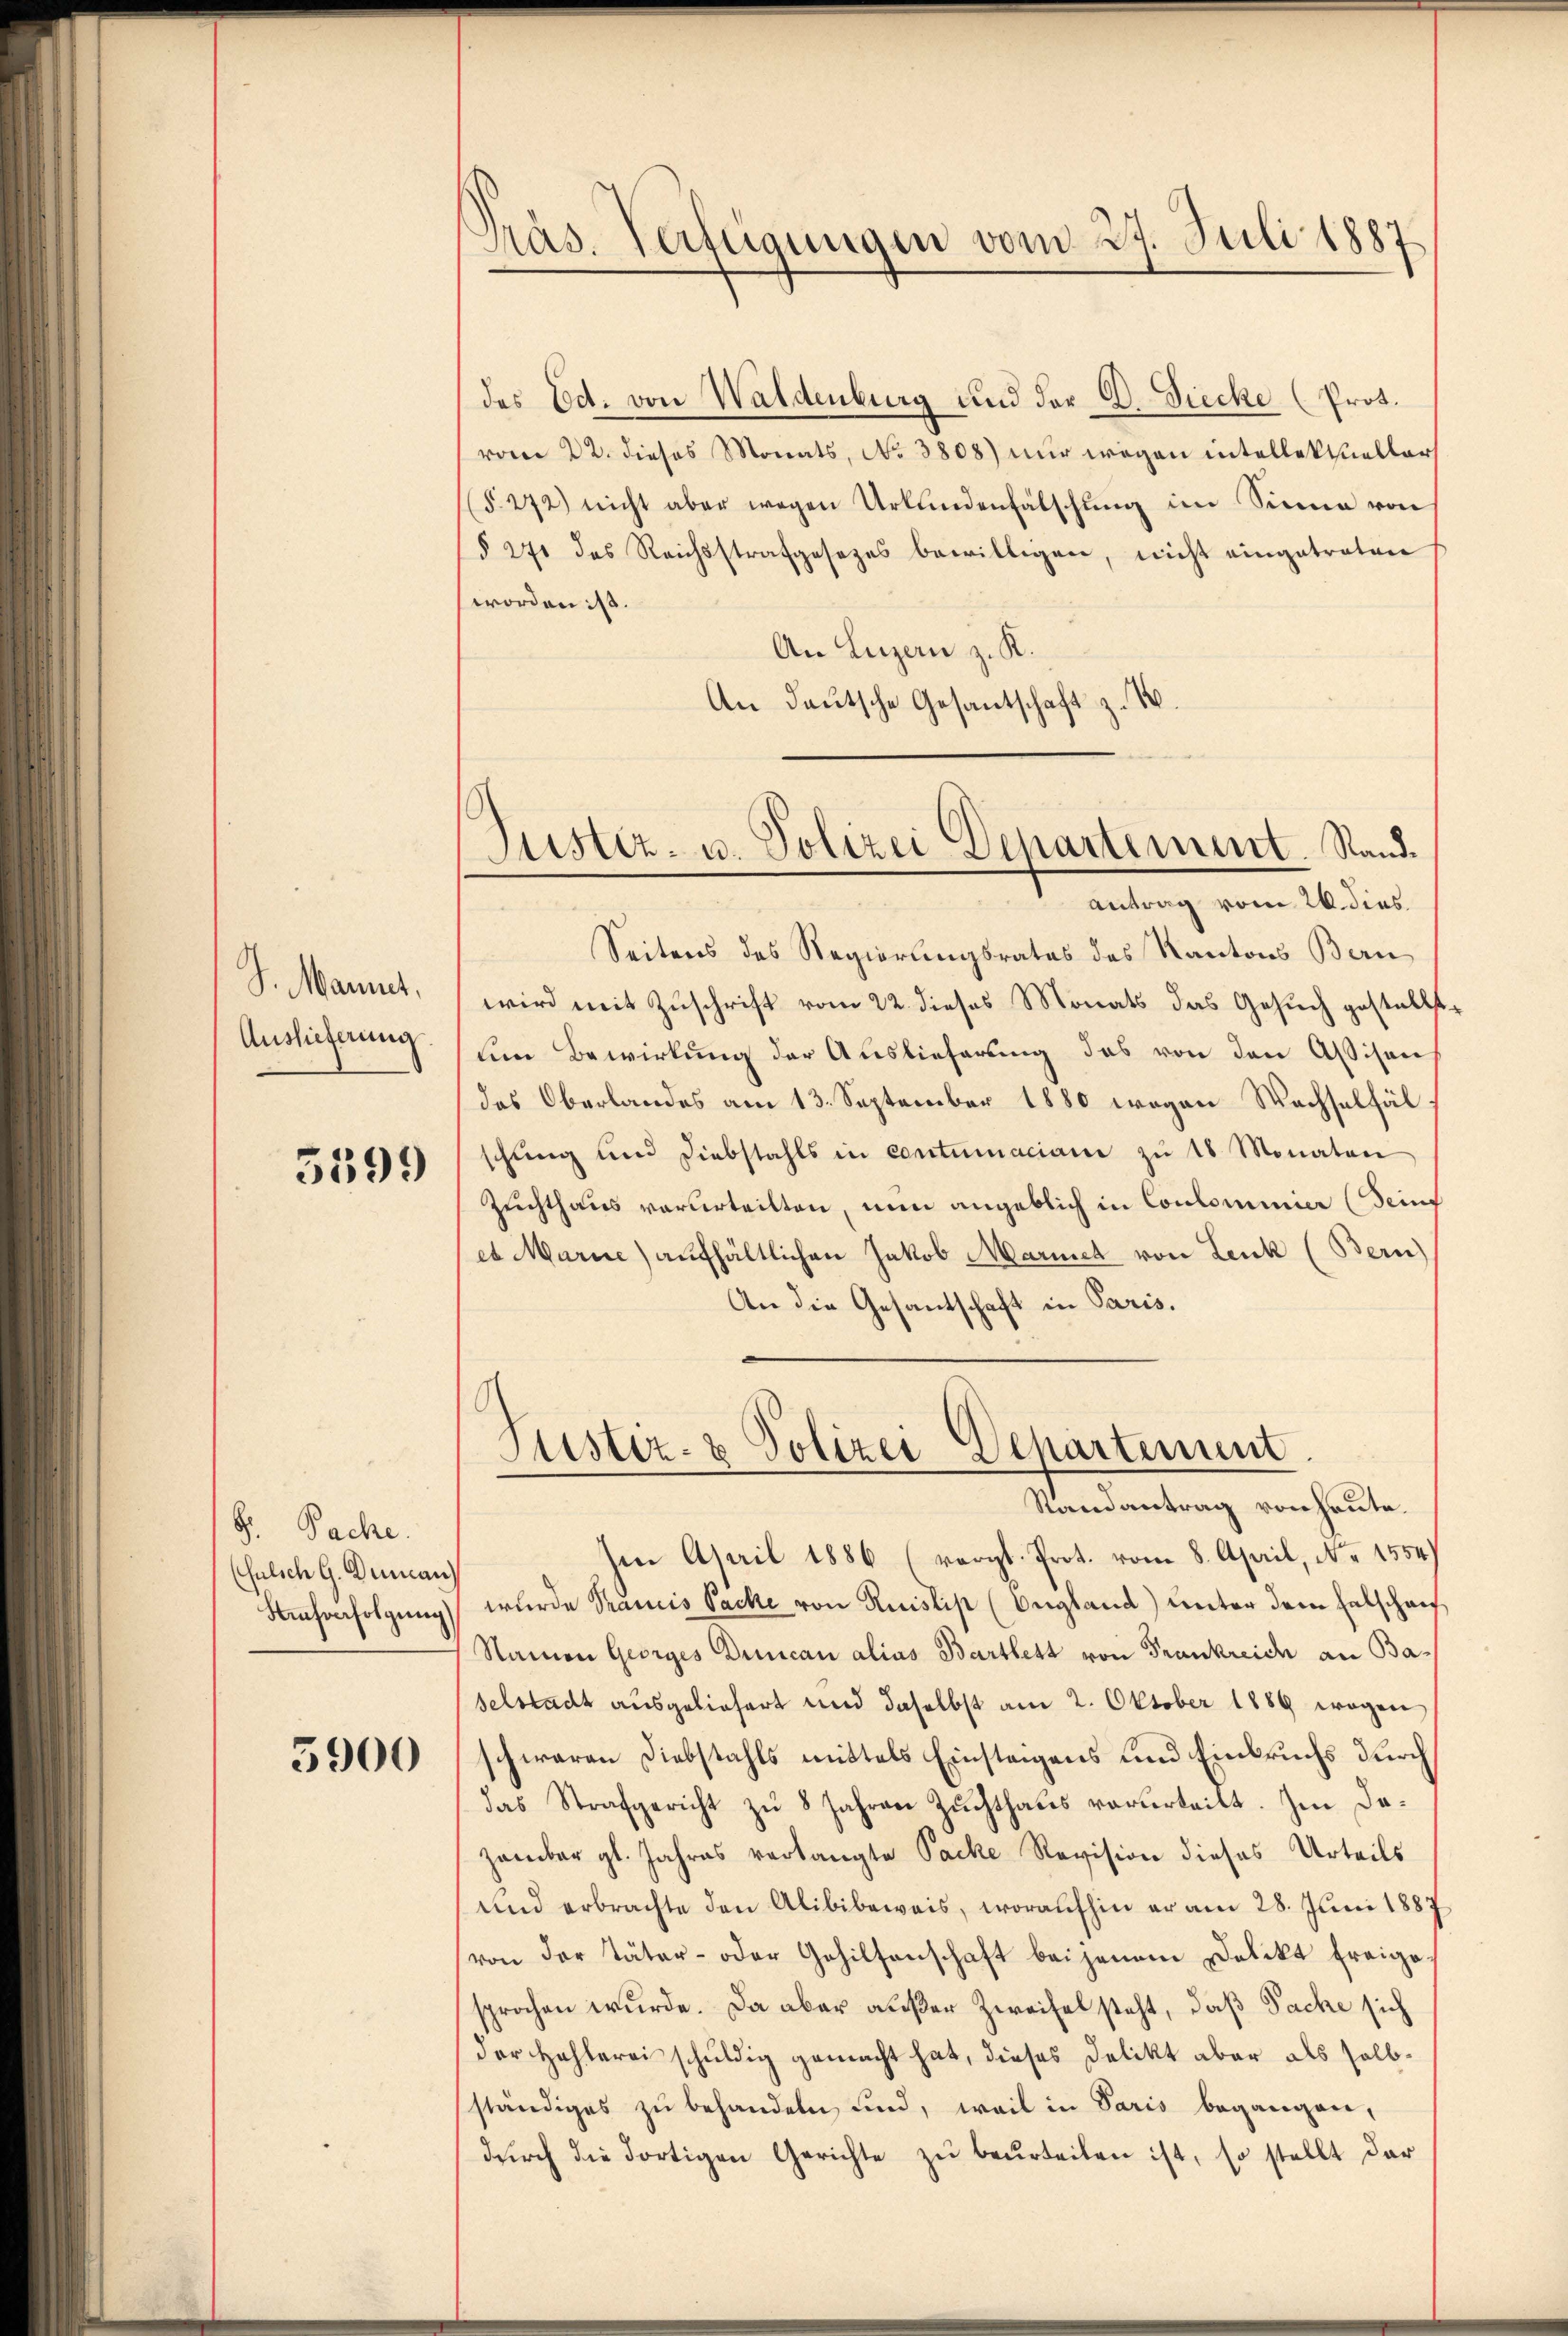
J. Mannet,
Auslieferung

3599

S. Pache.
(sulsch G. Demann
Kaufverfolgung)

5900

Präs. Verfügungen vom 27. Juli 1887

des Ed. von Waldenburg und der B. Siecke (Prot.
vom 22. dieses Monats, No 3808) nur wegen intellektueller
(§272) nicht aber wegen Urkundenfälschŭng im Sinne von
(§ 271 des Reichsstrafgesezes bewilligen, nicht eingetreten
worden ist.
An Luzern z. K.
An deutsche Gesantschaft z. B

antrag vom 26. dies
Seitens des Regierungsrates des Kantons Bern
wird mit Zuschrift vom 22. dieses Monats das Gesuch gestellte
uin Bewirkung der Auslieferung des von den Assisen
das Oberlandes am 13. September 1880 wegen Wachselfäl
schung und Diebstahls in contumaciane zŭ 18 Monaten
Zuchthaus verurteilten, nun angeblich in Coulominier (Sein
et Marie) aufhältlichen Jakob Marmet von Leuk (Bern)
An die Gesantschaft in Paris.

Justiz- u. Polizei Departement. Stand¬

Justiz- & Polizei Departement
Randantrag von heute.

Ien April 1886 (vergl. Prot. vom 8. April, No 1554)
wurde Prancis Sache von Ruislis (England) unter dem Entschauf
Namon Georges Duncan alias Bartlett von Frankreich an Baselstadt ausgeliefert und daselbst am 2. Oktober 1889 wegen
schwaren Diebstahls mittels Einsteigens und Einbruchs durch
das Strafgericht zu 8 Jahren Zuchthaus verurteilt. Im Dazember gl. Jahres verlangte Packe Revision dieses Urteils
und erbrachte den Alibibeweis, woraufhin er am 28. Juni 1887
von der Täter- oder Gehilfenschaft bei jenem Delikt freigesprochen wurde. Da aber außer Zweifel steht, daß Sache sich
der Hohlerei schuldig gemacht hat, dieses Delikt aber als selbständiges zu behandeln, und, weil in Paris begangen,
durch die dortigen Gerichte zu beurteilen ist, so stellt dar¬